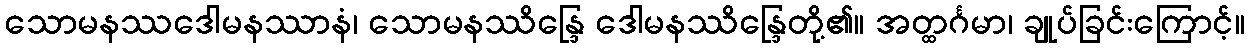
သောမနဿဒေါမနဿာနံ၊ သောမနဿိန္ဒြေ ဒေါမနဿိန္ဒြေတို့၏။ အတ္ထင်္ဂမာ၊ ချုပ်ခြင်းကြောင့်။